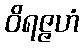
ဝိရဇ္ဇဟံ